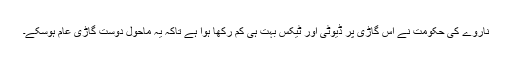
ناروے کی حکومت نے اس گاڑی پر ڈیوٹی اور ٹیکس بہت ہی کم رکھا ہوا ہے تاکہ یہ ماحول دوست گاڑی عام ہوسکے۔